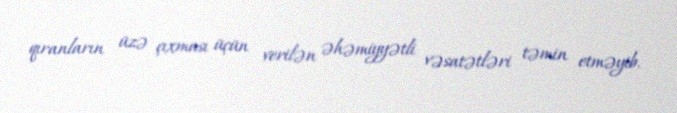
qıranların üzə çıxması üçün verilən əhəmiyyətli vəsatətləri təmin etməyib.